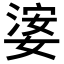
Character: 𡟖